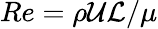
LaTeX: Re={\rho\mathcal{U}\mathcal{L}}/{\mu}